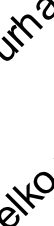
l h